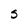
Character: S